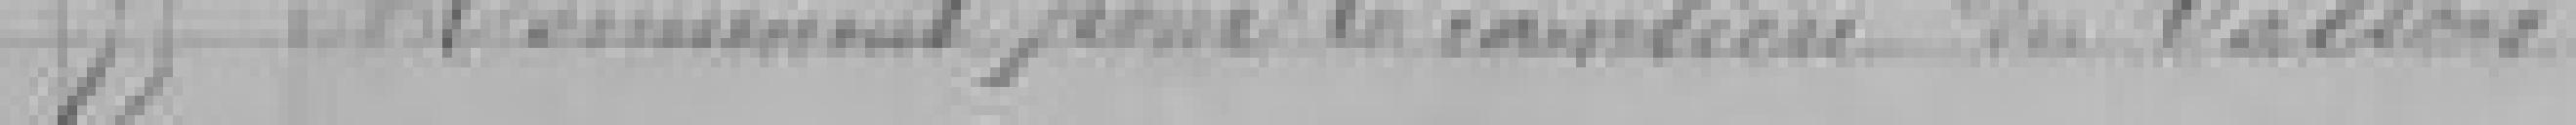
55. Monument pour le maintien du Vallon